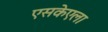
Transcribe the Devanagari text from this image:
एसकेएला